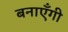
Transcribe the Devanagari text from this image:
बनाएँगी